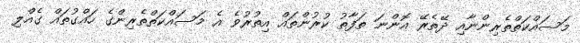
މަސައްކަތްތެރިންނާއި ދޭތެރޭ އޮންނަ ތަފާތު ކުރުންތައް އިތުރުވެ އެ މަސައްކަތްތެރިންގެ ހައްގުތައް ގެއްލި